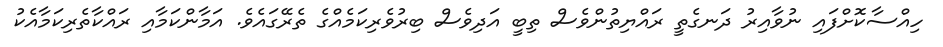
ހިއްސާކޮށްފައި ނުވާއިރު ދަނގެތީ ރައްޔިތުންވެސް ތިބީ އަދިވެސް ބިރުވެރިކަމެއްގެ ތެރޭގައެވެ. އަމާންކަމާއި ރައްކާތެރިކަމާއެކު